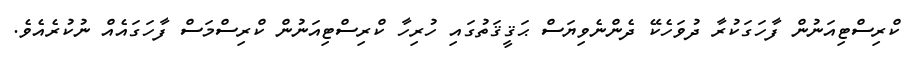
ކްރިސްޓިއަނުން ފާހަގަކުރާ ދުވަހެކޭ ދެންނެވިޔަސް ޙަޤީޤަތުގައި ހުރިހާ ކްރިސްޓިއަނުން ކްރިސްމަސް ފާހަގައެއް ނުކުރެއެވެ.